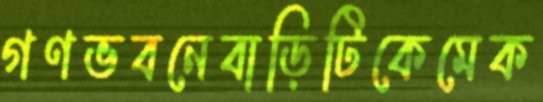
গণভবনেবাড়িটিকেমেক